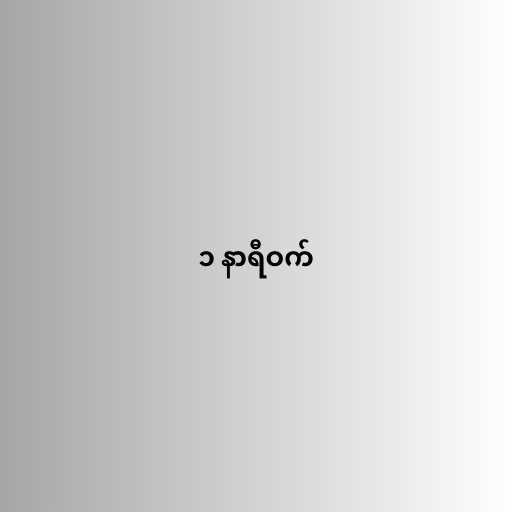
၁ နာရီဝက်